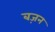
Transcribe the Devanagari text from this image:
बज़न